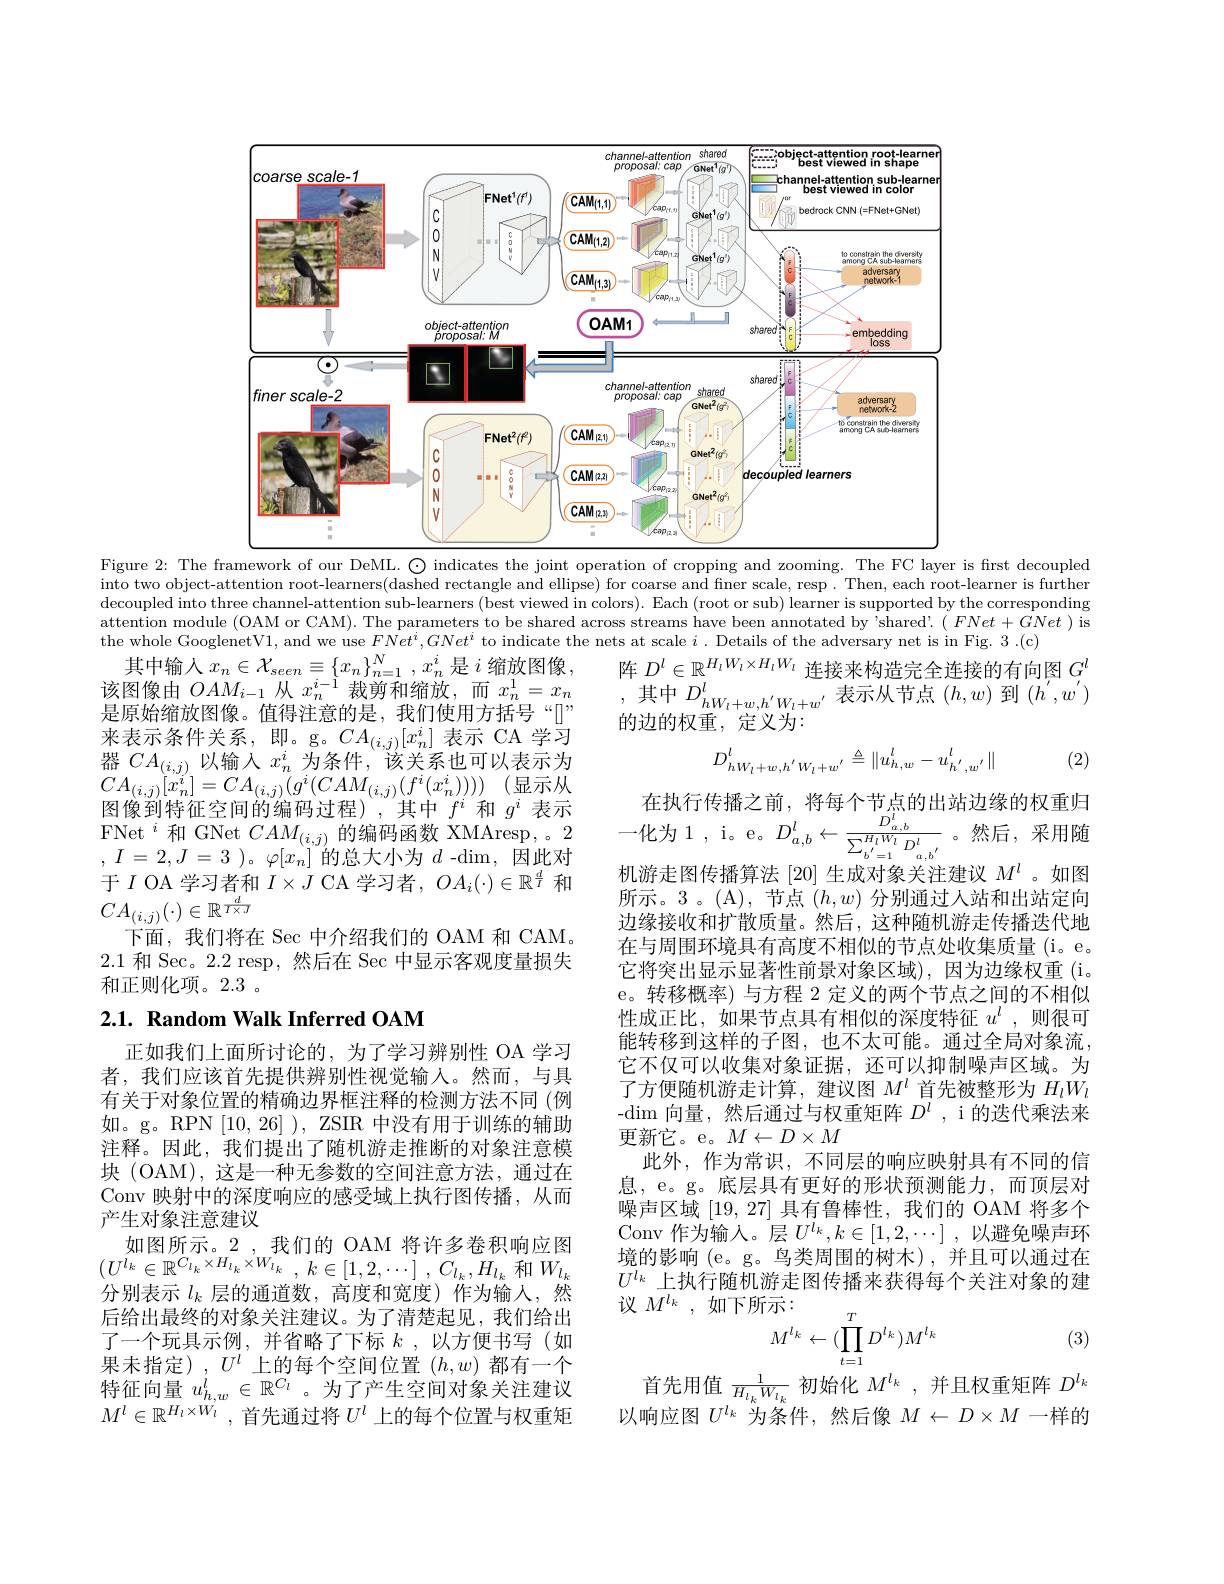
<FigureHere>
Figure 2: The framework of our DeML. ◯ indicates the joint operation of cropping and zooming. The FC layer is first decoupled

into two object-attention root-learners(dashed rectangle and ellipse) for coarse and finer scale, resp . Then, each root-learner is furthen $decoupled~into~three~channel-attention~sub-learners~(best~viewed~in~colors).~Each~(root~or~sub)~learner~is~supported~by~the~corresponding~the~corresponding~three~channel-attention~sub-learners~(best~viewed~in~colors).~Each~(root~or~sub)~learner~is~sunpp$ attention module (OAM or CAM). The parameters to be shared across streams have been annotated by'shared'. $(FNet+GNet)$ is the whole GooglenetV1, and we use $FNet^i,GNet^i$ to indicate the nets at scale $i$ . Details of the adversary net is in Fig. 3 .(c)
其中输人$x_n\in\mathcal{X}_{seen}\equiv\{x_n\}_{n=1}^N,x_n^i$ 是$i$缩放图像，

阵$D^l\in\mathbb{R}^{H_lW_l\times H_lW_l}$连接来构造完全连接的有向图$G^l$ ,其中$D_hW_{l+w,h^{\prime}W_{l+w^{\prime}}}^{l}$表示从节点$(h,w)$到$(h^\prime,w^{\prime})$ 的边的权重，定义为：
$$D_{hW_l+w,h^{'}W_l+w^{'}}^l\triangleq\|u_{h,w}^l-u_{h^{'},w^{'}}^l\|$$
(2)

该图像由$OAM_{i-1}$从$x_n^{i-1}$裁剪和缩放，而$x_n^1=x_n$ 是原始缩放图像。值得注意的是，我们使用方括号“[]” 来表示条件关系，即。g。$CA_(i,j)[x_n^i]$表示 CA 学习器$CA_{(i,j)}$以输入$x_n^i$为条件，该关系也可以表示为$CA_{( i, j) }[ x_{n}^{i}] = CA_{( i, j) }( g^{i}( CAM_{( i, j) }( f^{i}( x_{n}^{i}) ) ) )$ (显示从图像到特征空间的编码过程),其中$f^i$和$g^i$表示FNet$^i$和 GNet $CAM_(i,j)$的编码函数 XMAresp,。2 , $I$ = $2, J$ = 3 )。$\varphi[x_n]$的总大小为$d$-$\dim$,因此对于$I$ OA 学习者和$I\times J$ CA 学习者，$OA_i(\cdot)\in\mathbb{R}^{\frac dI}$和$CA_{(i,j)}(\cdot)\in\mathbb{R}^{\frac{d}{T\times J}}$
下面，我们将在 Sec 中介绍我们的 OAM 和 CAM。2.1和 Sec。2.2 resp, 然后在 Sec 中显示客观度量损失和正则化项。2.3 。

## 2.1. Random Walk Inferred OAM

在执行传播之前，将每个节点的出站边缘的权重归一化为1，i。e。$D_{a,b}^{l}\leftarrow\frac{D_{a,b}^{l}}{\sum_{b^{\prime}=1}^{H_{l}W_{l}}D_{a,b^{\prime}}^{l}}$。然后，采用随机游走图传播算法 [20] 生成对象关注建议$M^l$ 。如图所示。3 。(A),节点$(h,w)$分别通过人站和出站定向边缘接收和扩散质量。然后，这种随机游走传播迭代地在与周围环境具有高度不相似的节点处收集质量(i。e。它将突出显示显著性前景对象区域),因为边缘权重(i。e。转移概率)与方程 2 定义的两个节点之间的不相似性成正比，如果节点具有相似的深度特征$u^l$ ,则很可能转移到这样的子图，也不太可能。通过全局对象流， 它不仅可以收集对象证据，还可以抑制噪声区域。为了方便随机游走计算，建议图$M^l$首先被整形为$H_lW_l$ -$\dim$向量，然后通过与权重矩阵 $D^l$, i 的迭代乘法来更新它。e。$M\leftarrow D\times M$
此外，作为常识，不同层的响应映射具有不同的信息，e。g。底层具有更好的形状预测能力，而顶层对噪声区域[19,27]具有鲁棒性，我们的 OAM 将多个Conv 作为输入。层$U^{i_k},k\in[1,2,\cdots]$ ,以避免噪声环境的影响(e。g。鸟类周围的树木),并且可以通过在$U^{l_k}$上执行随机游走图传播来获得每个关注对象的建议$M^{l_k}$,如下所示：
(3)
$$\begin{array}{l}{\text{「示:}}\\{M^{l_{k}}\leftarrow(\prod_{t=1}^{T}D^{l_{k}})M^{l_{k}}}\end{array}$$
正如我们上面所讨论的，为了学习辨别性 OA 学习者，我们应该首先提供辨别性视觉输入。然而，与具有关于对象位置的精确边界框注释的检测方法不同(例如。g。RPN [10,26] ), ZSIR 中没有用于训练的辅助注释。因此，我们提出了随机游走推断的对象注意模块 (OAM),这是一种无参数的空间注意方法，通过在Conv 映射中的深度响应的感受域上执行图传播，从而产生对象注意建议
如图所示。2 ,我们的 OAM 将许多卷积响应图$( U^{l_{k}}\in \mathbb{R} ^{C_{l_{k}}\times H_{l_{k}}\times W_{l_{k}}}$ , $k\in [ 1, 2, \cdots ]$ , $C_{l_{k}}, H_{l_{k}}$ 和$W_l_{k}$ 分别表示$l_k$层的通道数，高度和宽度)作为输人，然后给出最终的对象关注建议。为了清楚起见，我们给出了一个玩具示例，并省略了下标$k$,以方便书写(如果未指定),$U^l$上的每个空间位置$(h,w)$ 都有一个特征向量$u_{h,w}^l\in\mathbb{R}^{C_l}$。为了产生空间对象关注建议$M^{l}\in\mathbb{R}^{H_{l}\times W_{l}}$,首先通过将 $U^l$ 上的每个位置与权重矩

首先用值$\frac1{H_{l_k}W_{l_k}}$初始化$M^{l_k}$ ,并且权重矩阵$D^l_k$ 以响应图$U^l_k$为条件，然后像$M\leftarrow D\times M$一样的